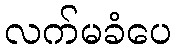
လက်မခံပေ